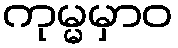
ကုမ္မမှာဝ